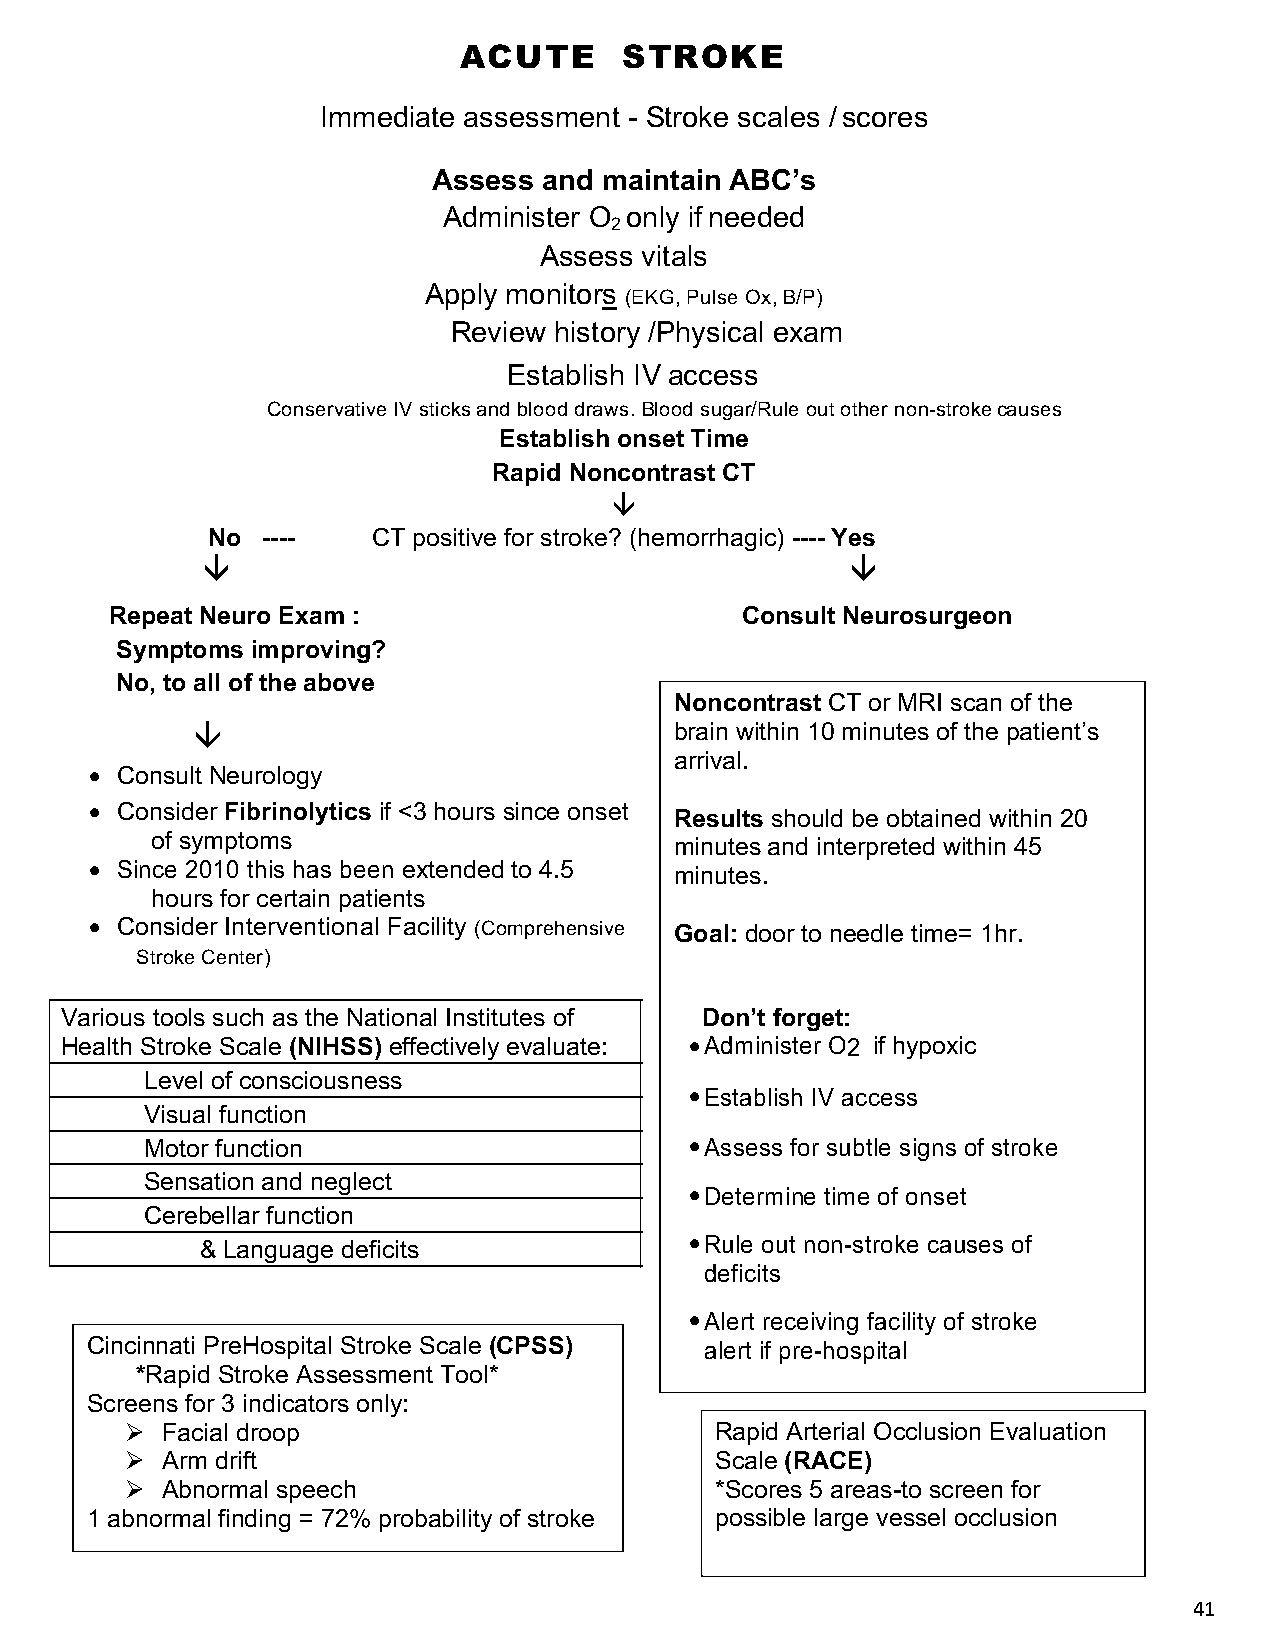
ACUTE      STROKE
 Immediate assessment - Stroke scales / scores
 Assess and maintain ABC’s
 Administer O only if needed
 2
 Assess vitals
 Apply monitors
 (EKG, Pulse Ox, B/P)
 Review history /Physical exam
 Establish IV access
 Conservative IV sticks and blood draws. Blood sugar/Rule out other non-stroke causes
 Establish onset Time
 Rapid Noncontrast CT
 â
 No ----    CT positive for stroke? (hemorrhagic) ---- Yes
 â                                          â
 Repeat Neuro Exam :                       Consult Neurosurgeon
 Symptoms improving?
 No, to all of the above
 Noncontrast CT or MRI scan of the
 â                               brain within 10 minutes of the patient’s
 arrival.
 • Consult Neurology
 • Consider Fibrinolytics if <3 hours since onset
 Results should be obtained within 20
 of symptoms                        minutes and interpreted within 45
 • Since 2010 this has been extended to 4.5
 minutes.
 hours for certain patients
 • Consider Interventional Facility (Comprehensive Goal: door to needle time= 1hr.
 Stroke Center)
 Various tools such as the National Institutes of Don’t forget:
 Health Stroke Scale (NIHSS) effectively evaluate: • Administer O2 if hypoxic
 Level of consciousness
 • Establish IV access
 Visual function
 Motor function                      • Assess for subtle signs of stroke
 Sensation and neglect
 • Determine time of onset
 Cerebellar function
 & Language deficits              • Rule out non-stroke causes of
 deficits
 • Alert receiving facility of stroke
 Cincinnati PreHospital Stroke Scale (CPSS) alert if pre-hospital
 *Rapid Stroke Assessment Tool*
 Screens for 3 indicators only:          • Reassess neurologic status
 Ø  Facial droop                        frReqaupeidn Atlyrt erial Occlusion Evaluation
 Ø  Arm drift                           Scale (RACE)
 • Request urgent non-contrast CT
 Ø  Abnormal speech                     *Scores 5 areas-to screen for
 Alert stroke team
 1 abnormal finding = 72% probability of stroke possible large vessel occlusion
 41